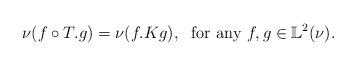
LaTeX: \begin{align*} \nu(f\circ T.g) = \nu(f.Kg) , \; \textrm{ for any }f,g \in \mathbb L^2(\nu). \end{align*}